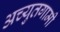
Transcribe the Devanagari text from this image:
अच्युतगामी